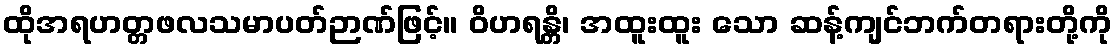
ထိုအရဟတ္တဖလသမာပတ်ဉာဏ်ဖြင့်။ ဝိဟရန္တိ၊ အထူးထူး သော ဆန့်ကျင်ဘက်တရားတို့ကို